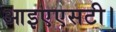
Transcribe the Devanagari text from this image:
आइएएसटी।